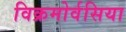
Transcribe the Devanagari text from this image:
विक्रमोर्वसिया